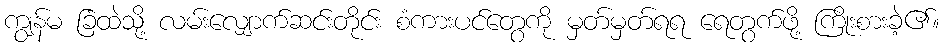
ကျွန်မ ခြံထဲသို့ လမ်းလျှောက်ဆင်းတိုင်း စံကားပင်တွေကို မှတ်မှတ်ရရ ရေတွက်ဖို့ ကြိုးစားခဲ့၏။